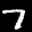
Label: 7